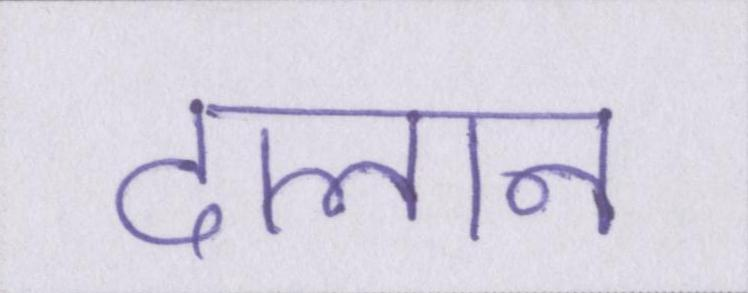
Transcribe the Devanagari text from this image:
दालान